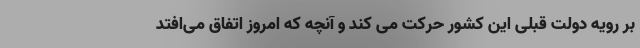
بر رویه دولت قبلی این کشور حرکت می کند و آنچه که امروز اتفاق می‌افتد